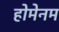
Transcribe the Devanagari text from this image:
होमेनम